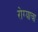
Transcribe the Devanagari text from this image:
रोग्याचा